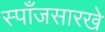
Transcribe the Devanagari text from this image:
स्पाँजसारखे